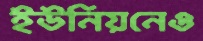
ইউনিয়নেও